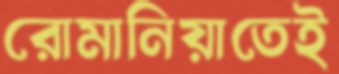
রোমানিয়াতেই